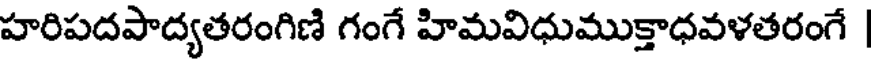
హరిపదపాద్యతరంగిణి గంగే హిమవిధుముక్తాధవళతరంగే |